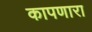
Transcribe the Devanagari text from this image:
कापणारा